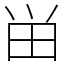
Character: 畄